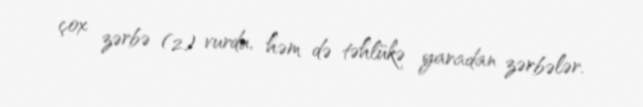
çox zərbə (2) vurdu, həm də təhlükə yaradan zərbələr.